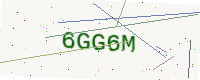
Text: 6GG6M